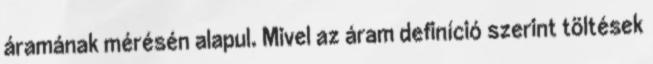
áramának mérésén alapul. Mivel az áram definíció szerint töltések